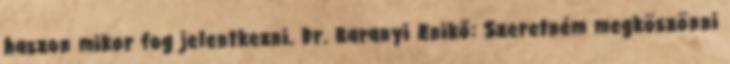
haszon mikor fog jelentkezni. Dr. Baranyi Enikő: Szeretném megköszönni